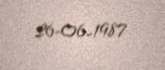
26-06-1987